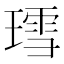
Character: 𬎅